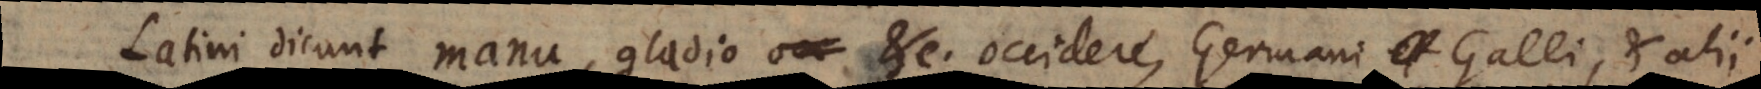
Latini dicunt manu, gladio etc. occidere, Germani, Galli, et alii